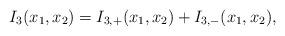
LaTeX: \begin{align*}I_3(x_1, x_2)= I_{3,+} (x_1, x_2) + I_{3,-} (x_1,x_2),\end{align*}